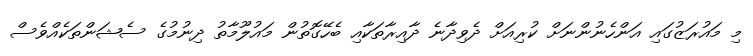
މި މައުރަޒުގައި އަންހެނުންނަށް ކުރިއަށް ދެވިދާނެ ދާއިރާތަކާއި ބެހޭގޮތުން މައުލޫމާތު ދިނުމުގެ ސެޝަންތަކެއްވެސް